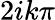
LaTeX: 2ik\pi